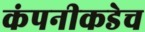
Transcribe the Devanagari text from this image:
कंपनीकडेच